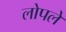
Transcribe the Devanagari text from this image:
लोपले